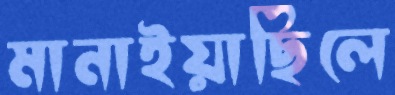
মানাইয়াছিলে